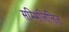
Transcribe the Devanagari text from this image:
सम्मिलिलित